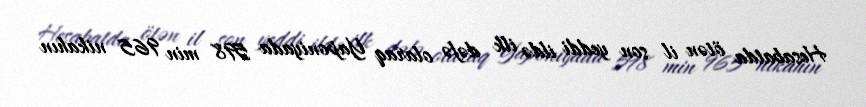
Hesabatda ötən il son yeddi ildə ilk dəfə olaraq Yaponiyada 598 min 965 nikahın